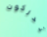
تدركون